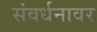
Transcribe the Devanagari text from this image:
संवर्धनावर